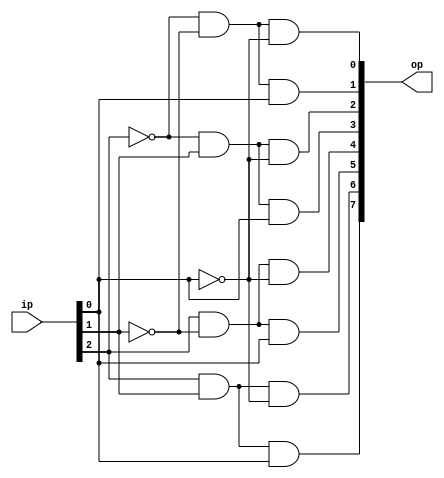
module decoder(op,ip);
	output [7:0] op;
	input [2:0] ip;
	//Gate level
	wire x1,y1,z1,w1;
	not n1(x1,ip[0]);
	not n2(y1,ip[1]);
	not n3(z1,ip[2]);
	and a0(op[0],z1,y1,x1);
	and a1(op[1],z1,y1,ip[0]);
	and a2(op[2],z1,ip[1],x1);
	and a3(op[3],z1,ip[1],ip[0]);
	and a4(op[4],ip[2],y1,x1);
	and a5(op[5],ip[2],y1,ip[0]);
	and a6(op[6],ip[2],ip[1],x1);
	and a7(op[7],ip[2],ip[1],ip[0]);
endmodule